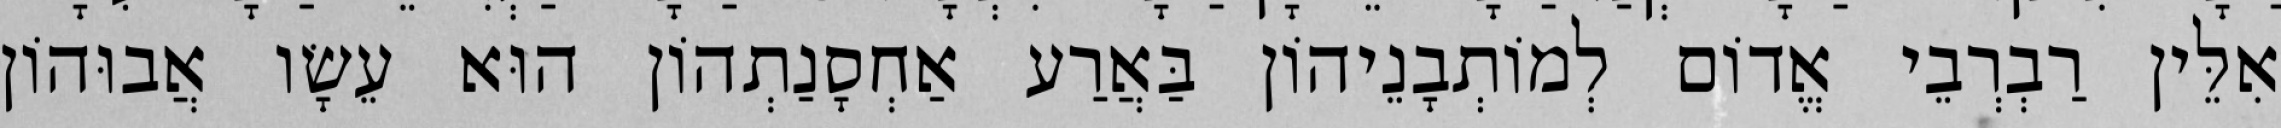
אִלֵּין רַבְרְבֵי אֱדוֹם לְמוֹתְבָנֵיהוֹן בַּאֲרַע אַחְסָנַתְהוֹן הוּא עֵשָׂו אֲבוּהוֹן